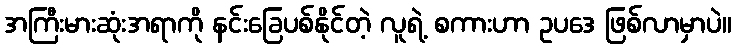
အကြီးမားဆုံးအရာကို နင်းခြေပစ်နိုင်တဲ့ လူရဲ့ စကားဟာ ဥပဒေ ဖြစ်လာမှာပဲ။